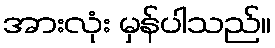
အားလုံး မှန်ပါသည်။